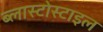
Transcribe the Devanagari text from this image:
ब्लास्टोस्टाइल